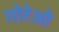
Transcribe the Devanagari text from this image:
गोरेओ